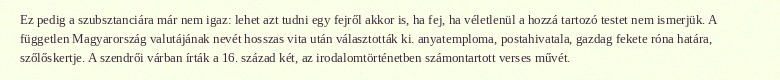
Ez pedig a szubsztanciára már nem igaz: lehet azt tudni egy fejről akkor is, ha fej, ha véletlenül a hozzá tartozó testet nem ismerjük. A független Magyarország valutájának nevét hosszas vita után választották ki. anyatemploma, postahivatala, gazdag fekete róna határa, szőlőskertje. A szendrői várban írták a 16. század két, az irodalomtörténetben számontartott verses művét.